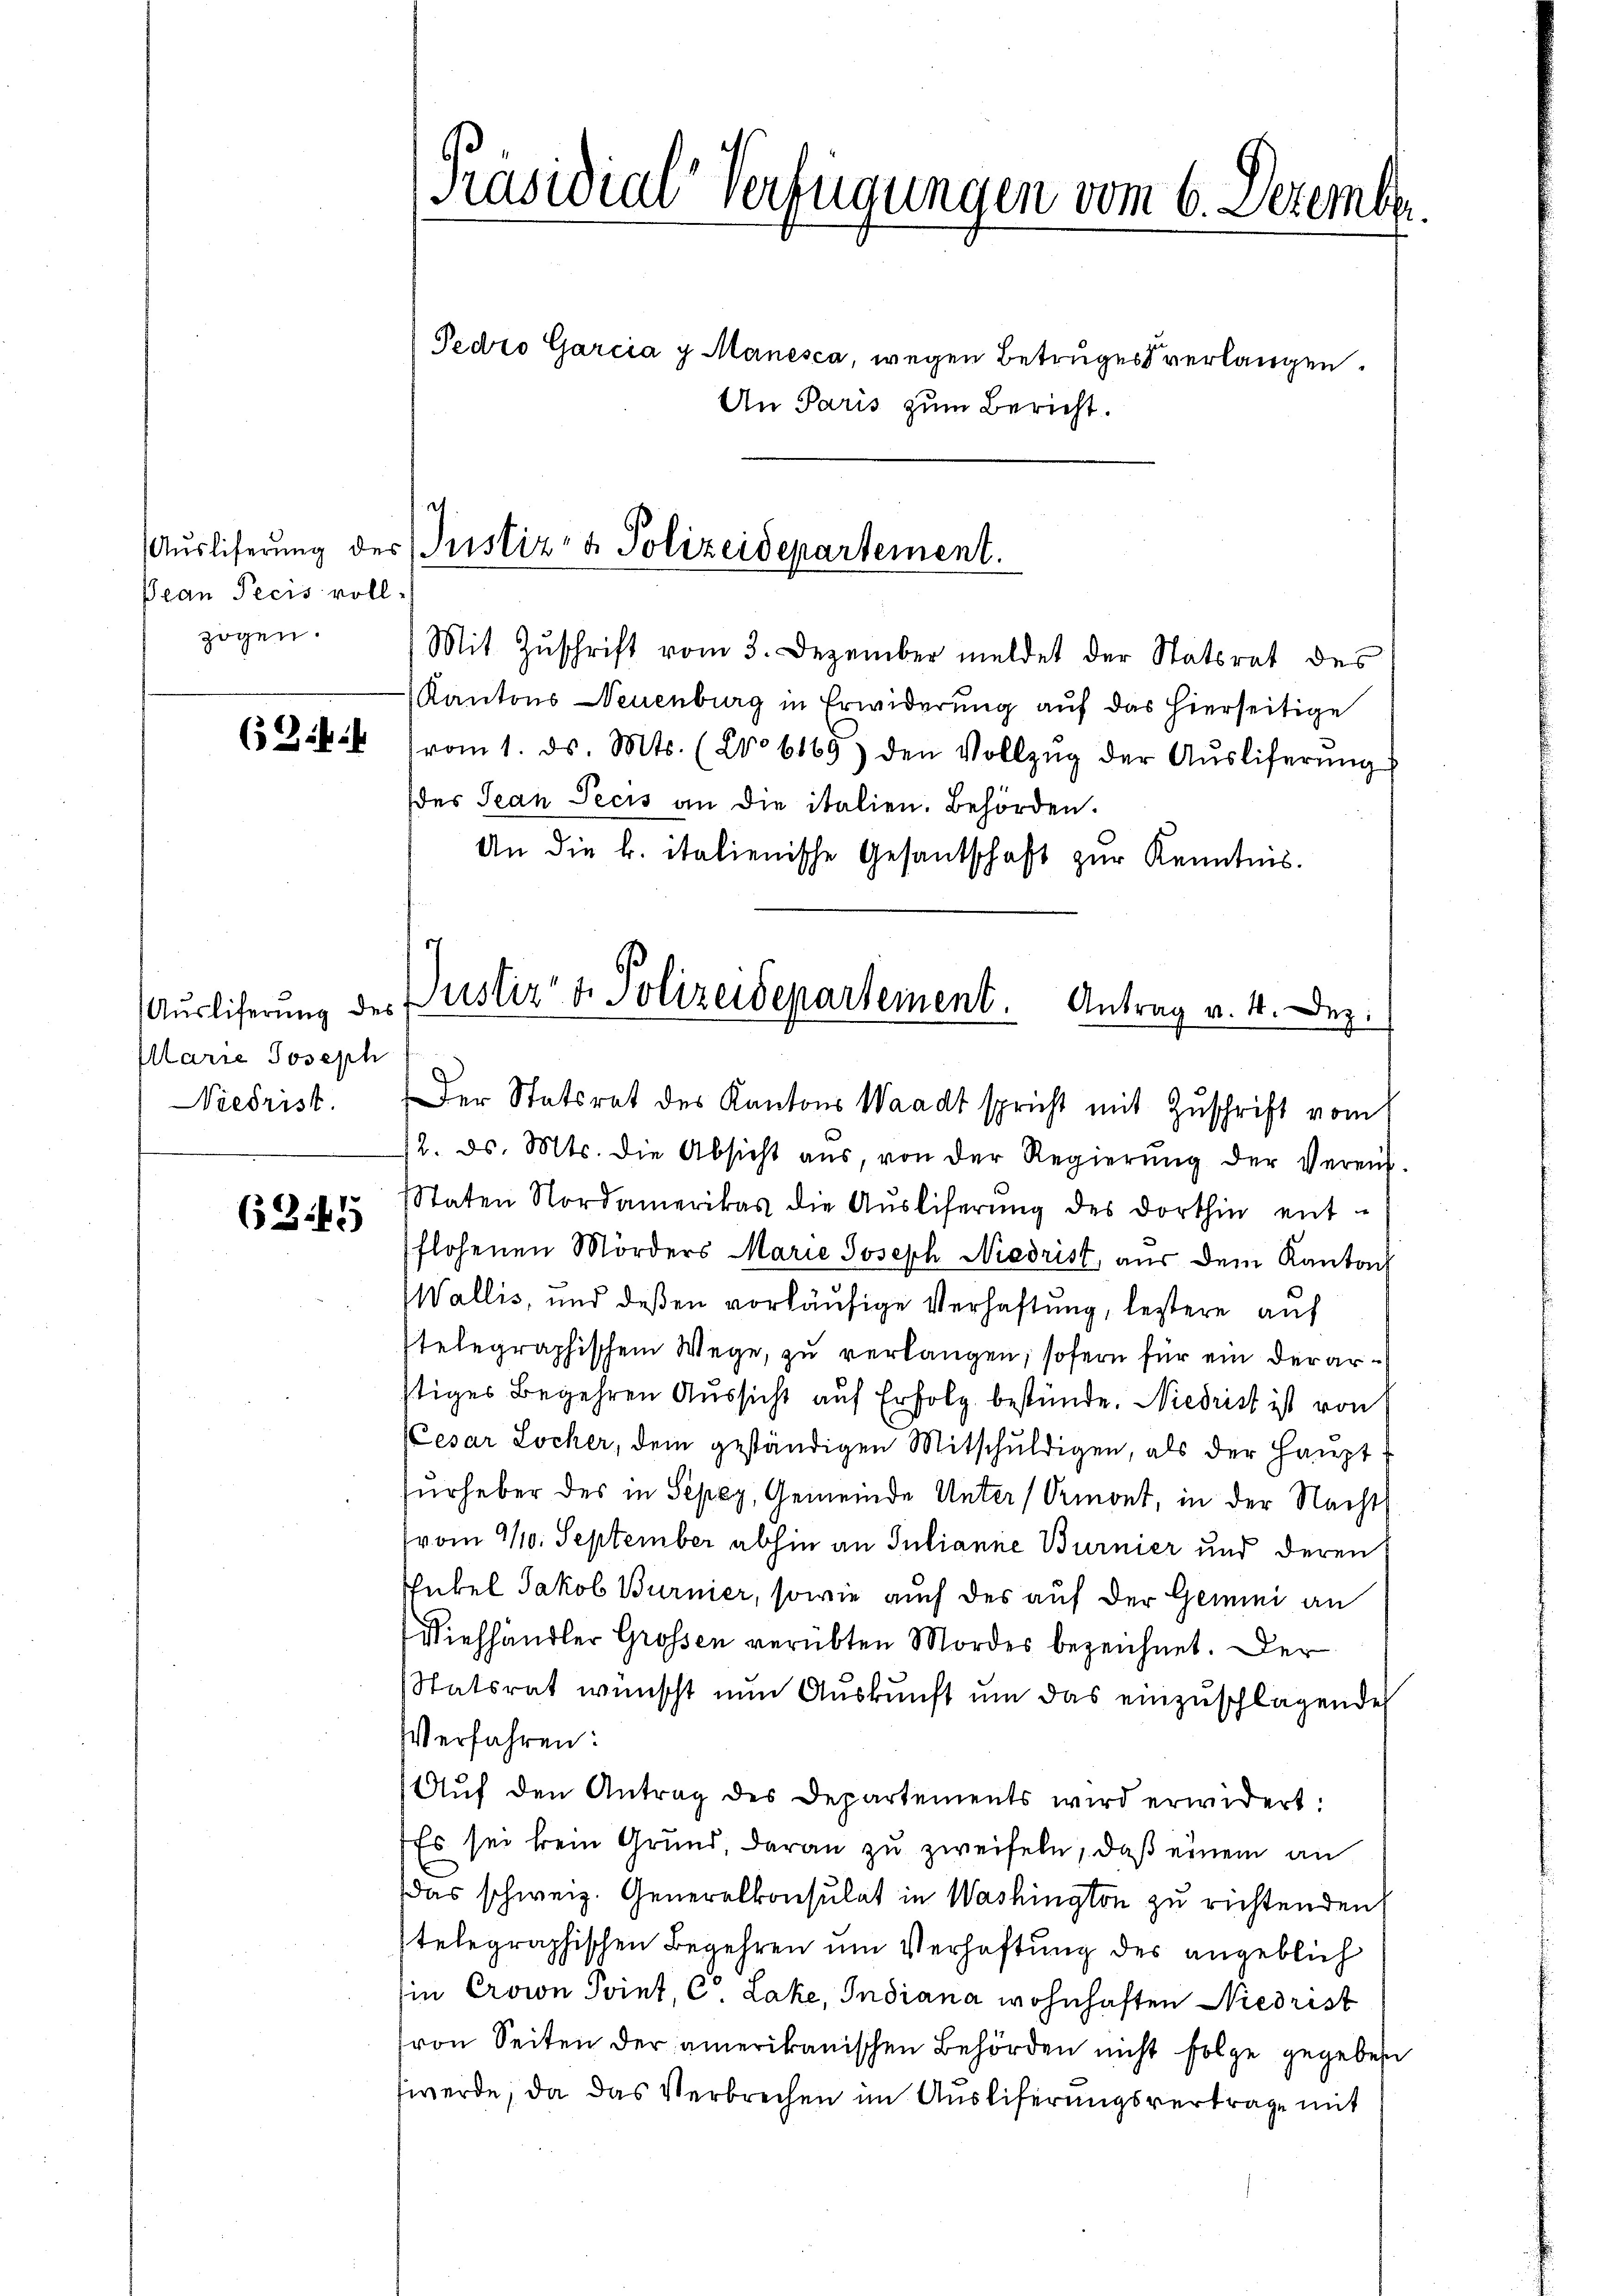
Pean Pecis voll-
zogen.

62

Mlarre Joseph
Niedrist.

(B 45

[Präsidial-Verfügungen vom 6. Dezemb
Pecro Garcia y. Manesca, wegen Betruges verlangen.
An Paris zum Bericht.

Mit Zuschrift vom 3. Dezember meldet der Statsrat des
Kantons Neuenburg in Erwiderung auf das hierseitige
vom 1. ds. Mts. (2o 6169) den Vollzŭg der Aŭsliferŭng
des Jean Pecis an die italien. Behörden.
An die k. italienische Gesantschaft zur Kenntnis.

Auslieferung der Justiz- & Polizeidepartement.

2. ds. Mts. die Absicht aŭs, von der Regierŭng der Verein-
taten Nordamerikas die Aŭsliferŭng des dorthin ent-
flohenen Mörders Marie Joseph Niedrist, aus dem Kanton
Wallis, und deßen vorläufige Verhaftung, leztere auf
telegraphischem Wege, zu verlangen, sofern für ein derarstiges Begehren Aussicht auf Erfolg bestünde. Niedrist ist von
Cesar Locher, dem geständigen Mitschuldigen, als der Haupt
furheber des in Sepey, Gemeinde Unter (Ormont, in der Nacht
vom 10. September abhin an Julianne Burnier und deren
Thübel Jakob Burnier, sowie auch des auf der Gemini an
Wiehhändler Grossen verübten Mordes bezeichnet. Der
Statsrat wünscht nun Auskunft um das einzuschlagende
Verfahren:
Aŭf den Antrag des Departements wird erwidert:
Es sei kein Grund, daran zu zweifeln, daß einem an
das schweiz. Generalkonsulat in Washington zu richtenden
telegraphischen Begehren um Verhaftung des angeblich
in Crown Point, C. Lake, Indiana wohnhaften Niedrist
von Seiten der amerikanischen Behörden nicht folge gegeben
werde, da das Verbrechen im Ausliferungsvertrage mit

Auslieferung der Justiz- & Polizeidepartement.
Antrag v. 4. Dez.
Der Statsrat des Kantons Waadt spricht mit Zuschrift vom